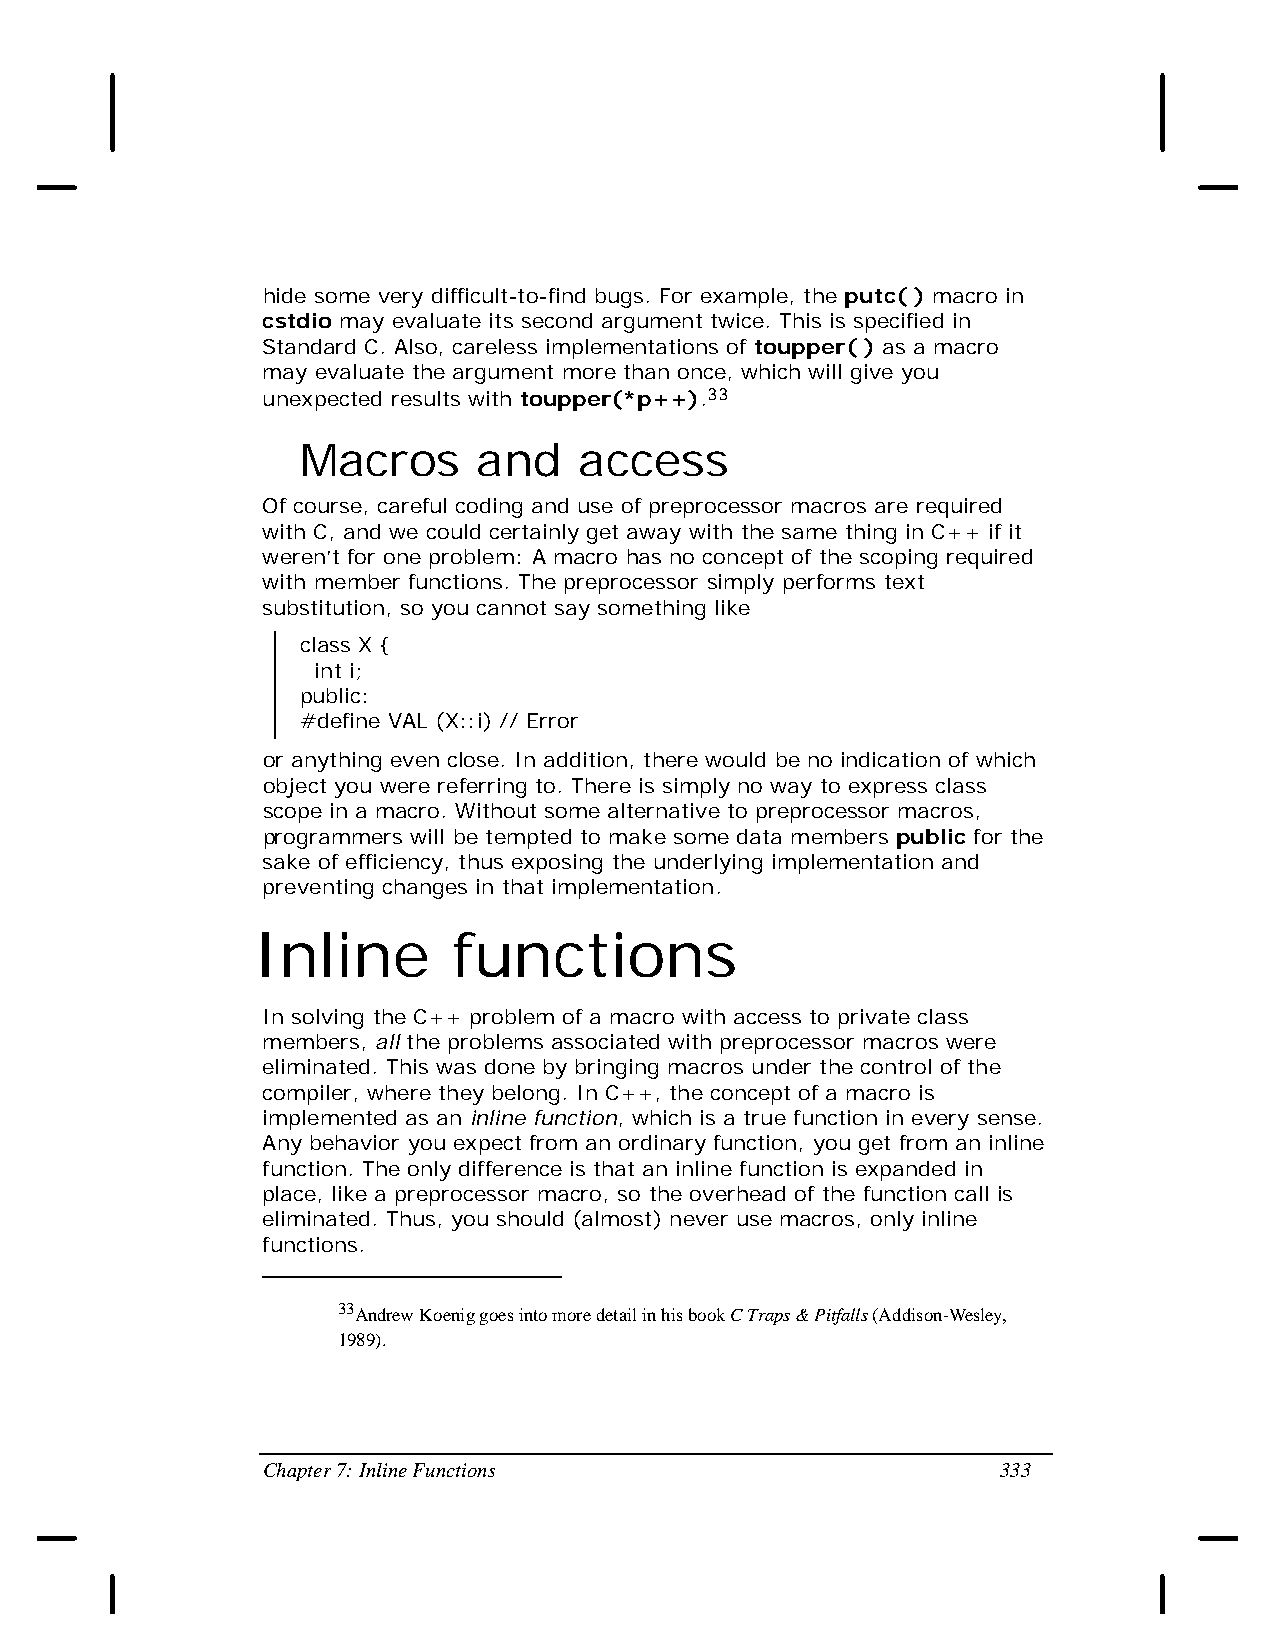
hide some very difficult-to-find bugs. For example, the putc( ) macro in
 cstdio may evaluate its second argument twice. This is specified in
 Standard C. Also, careless implementations of toupper( ) as a macro
 may evaluate the argument more than once, which will give you
 unexpected results with toupper(*p++).33
 Macros      and   access
 Of course, careful coding and use of preprocessor macros are required
 with C, and we could certainly get away with the same thing in C++ if it
 weren’t for one problem: A macro has no concept of the scoping required
 with member functions. The preprocessor simply performs text
 substitution, so you cannot say something like
 class X {
 int i;
 public:
 #define VAL (X::i) // Error
 or anything even close. In addition, there would be no indication of which
 object you were referring to. There is simply no way to express class
 scope in a macro. Without some alternative to preprocessor macros,
 programmers will be tempted to make some data members public for the
 sake of efficiency, thus exposing the underlying implementation and
 preventing changes in that implementation.
 Inline       functions
 In solving the C++ problem of a macro with access to private class
 members, all the problems associated with preprocessor macros were
 eliminated. This was done by bringing macros under the control of the
 compiler, where they belong. In C++, the concept of a macro is
 implemented as an inline function, which is a true function in every sense.
 Any behavior you expect from an ordinary function, you get from an inline
 function. The only difference is that an inline function is expanded in
 place, like a preprocessor macro, so the overhead of the function call is
 eliminated. Thus, you should (almost) never use macros, only inline
 functions.
 33Andrew Koenig goes into more detail in his book C Traps & Pitfalls (Addison-Wesley,
 1989).
 Chapter 7: Inline Functions                      333